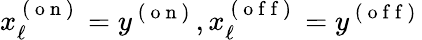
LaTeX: x_{\ell}^{\mathrm{~(~o~n~)~}}=y^{\mathrm{~(~o~n~)~}},x_{\ell}^{\mathrm{~(~o~f~f~)~}}=y^{\mathrm{~(~o~f~f~)~}}